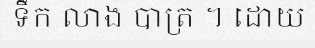
ទឹក លាង បាត្រ ។ ដោយ